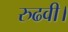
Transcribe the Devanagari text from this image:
रुढवी।